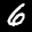
Label: 6